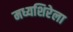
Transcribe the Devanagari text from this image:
मध्यशिरेला